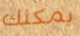
يمكنك